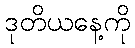
ဒုတိယနေ့ကို